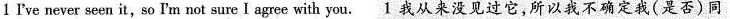
1 rve never seen it,so Im not sure I agree with you. 1 我从来没见过它,所以我不确定我(是否)同